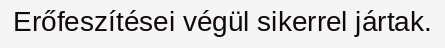
Erőfeszítései végül sikerrel jártak.